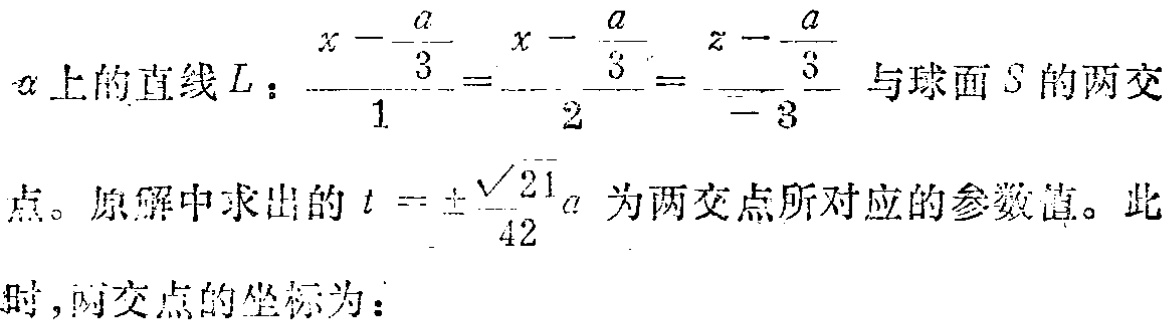
$\alpha 上的直线L：\frac{x - \frac{a}{3}}{1}=\frac{x - \frac{a}{3}}{2}=\frac{z - \frac{a}{3}}{-3} 与球面S的两交\\点。原解中求出的t = \pm\frac{\sqrt{21}}{42}a为两交点所对应的参数值。此\\时，两交点的坐标为：$